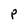
Character: p